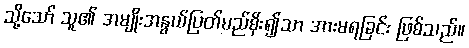
သို့သော် သူ၏ အမျိုးအနွယ်ပြတ်မည်စိုး၍သာ အားမရခြင်း ဖြစ်သည်။